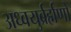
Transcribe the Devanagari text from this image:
अध्वयुर्ब्रर्ह्मणो